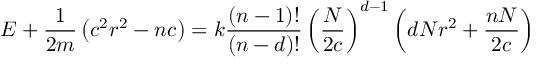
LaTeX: E + \frac { 1 } { 2 m } \left( c ^ { 2 } r ^ { 2 } - n c \right) = k \frac { \left( n - 1 \right) ! } { \left( n - d \right) ! } \left( \frac { N } { 2 c } \right) ^ { d - 1 } \left( d N r ^ { 2 } + \frac { n N } { 2 c } \right)